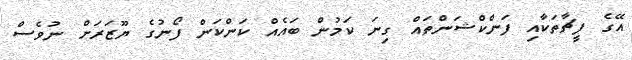
އޭގެ ފީޗާތަކާއި ފަންކްޝަންތައް ގިނަ ކަމުން ބައެއް ކަންކަން ފޯނުގެ ޔޫޒަރަށް ނުވެސް